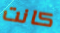
كانت